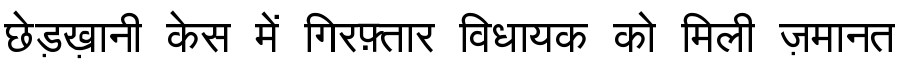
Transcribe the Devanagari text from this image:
छेड़ख़ानी केस में गिरफ़्तार विधायक को मिली ज़मानत